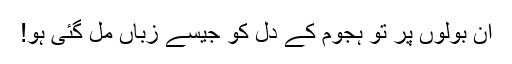
ان بولوں پر تو ہجوم کے دل کو جیسے زباں مل گئی ہو!